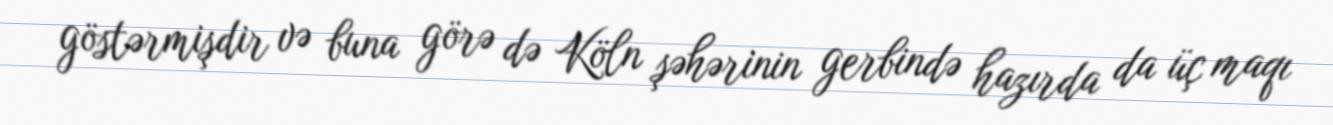
göstərmişdir və buna görə də Köln şəhərinin gerbində hazırda da üç maqı